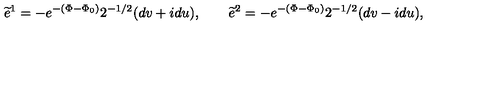
\widetilde e ^ { 1 } = - e ^ { - ( \Phi - \Phi _ { 0 } ) } 2 ^ { - 1 / 2 } ( d v + i d u ) , \qquad \widetilde e ^ { 2 } = - e ^ { - ( \Phi - \Phi _ { 0 } ) } 2 ^ { - 1 / 2 } ( d v - i d u ) ,